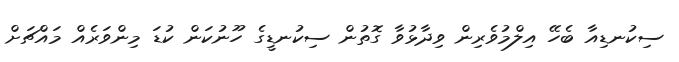
ސިކުނޑިއާ ބެހޭ އިލްމުވެރިން ވިދާޅުވާ ގޮތުން ސިކުނޑީގެ ހޫނުކަން ކުޑަ މިންވަރެއް މައްޗަށް